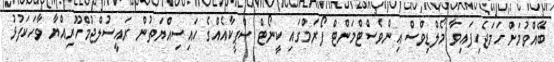
ބޭއްވުމަށް ހަމަޖެހިފައިވާ މޯލްޑިވްސް އިންވެސްޓްމަންޓް ފޯރަމްގައި ކީނޯޓް ސްޕީކާއެއްގެ ހައިސިއްޔަތުން ރައީސުލްޖުމްހޫރިއްޔާ ވާހަކަފުޅު